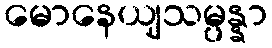
မောနေယျသမ္ပန္နာ